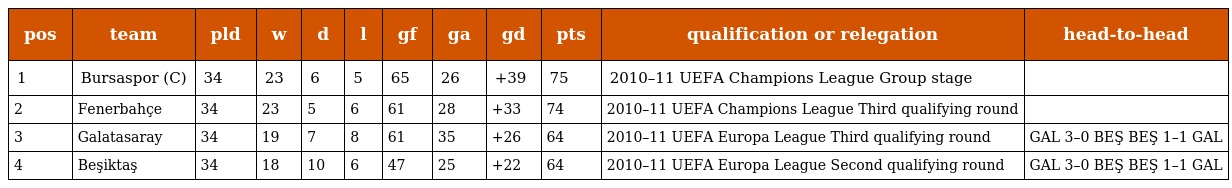
| pos | team | pld | w | d | l | gf | ga | gd | pts | qualification or relegation | head-to-head |
 | --- | --- | --- | --- | --- | --- | --- | --- | --- | --- | --- | --- |
 | 1 | Bursaspor (C) | 34 | 23 | 6 | 5 | 65 | 26 | +39 | 75 | 2010–11 UEFA Champions League Group stage |  |
 | 2 | Fenerbahçe | 34 | 23 | 5 | 6 | 61 | 28 | +33 | 74 | 2010–11 UEFA Champions League Third qualifying round |  |
 | 3 | Galatasaray | 34 | 19 | 7 | 8 | 61 | 35 | +26 | 64 | 2010–11 UEFA Europa League Third qualifying round | GAL 3–0 BEŞ BEŞ 1–1 GAL |
 | 4 | Beşiktaş | 34 | 18 | 10 | 6 | 47 | 25 | +22 | 64 | 2010–11 UEFA Europa League Second qualifying round | GAL 3–0 BEŞ BEŞ 1–1 GAL |